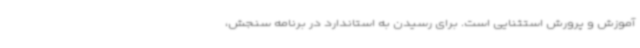
آموزش و پرورش استثنایی است. برای رسیدن به استاندارد در برنامه سنجش،